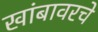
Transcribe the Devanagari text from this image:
खांबावरचे